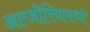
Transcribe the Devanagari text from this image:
अल्जीरियामध्ये